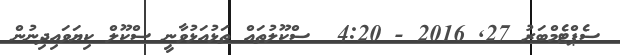
ސެޕްޓެމްބަރު 27